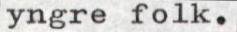
yngre folk.